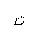
Letter: _ta